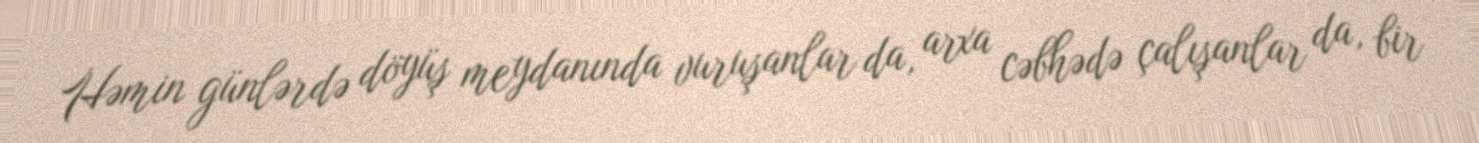
Həmin günlərdə döyüş meydanında vuruşanlar da, arxa cəbhədə çalışanlar da, bir